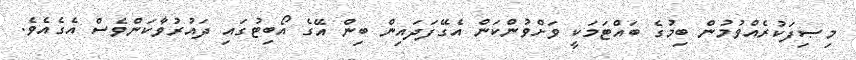
މިޞިފަކުރެއްވުމުން ބިމުގެ ބައްޓަމަކީ ވަށްވުންކަން އެގޭފަދައިން ބިން އޭގެ އޯބިޓުގައި ދައުރުވާކަންވެސް އެގެއެވެ.